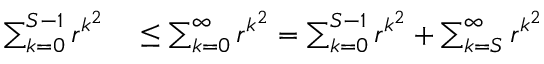
\begin{array} { r l } { \sum _ { k = 0 } ^ { S - 1 } r ^ { k ^ { 2 } } } & { { } \leq \sum _ { k = 0 } ^ { \infty } r ^ { k ^ { 2 } } = \sum _ { k = 0 } ^ { S - 1 } r ^ { k ^ { 2 } } + \sum _ { k = S } ^ { \infty } r ^ { k ^ { 2 } } } \end{array}